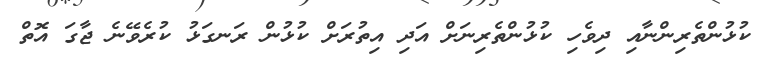
ކުޅުންތެރިންނާއި ދިވެހި ކުޅުންތެރިނަށް އަދި އިތުރަށް ކުޅުން ރަނގަޅު ކުރެވޭނެ ޖާގަ އޮތް